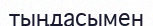
тыңдасымен